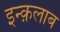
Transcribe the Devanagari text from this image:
इन्क़लाब